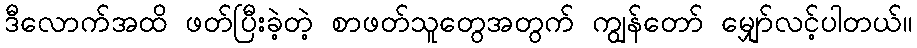
ဒီလောက်အထိ ဖတ်ပြီးခဲ့တဲ့ စာဖတ်သူတွေအတွက် ကျွန်တော် မျှော်လင့်ပါတယ်။